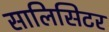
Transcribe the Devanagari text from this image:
सालिसिटर